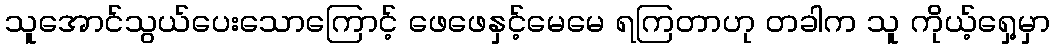
သူအောင်သွယ်ပေးသောကြောင့် ဖေဖေနှင့်မေမေ ရကြတာဟု တခါက သူ ကိုယ့်ရှေ့မှာ